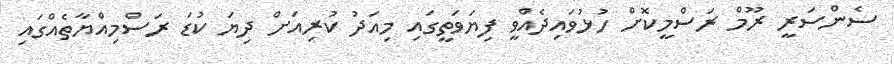
ސެންސަރީ ރޫމް ރަސްމީކޮށް ހުޅުވައިދެއްވީ ފިޔަވަތީގައި މިއަދު ކުރިއަށް ދިޔަ ކުޑަ ރަސްމިއްޔާތެއްގައި